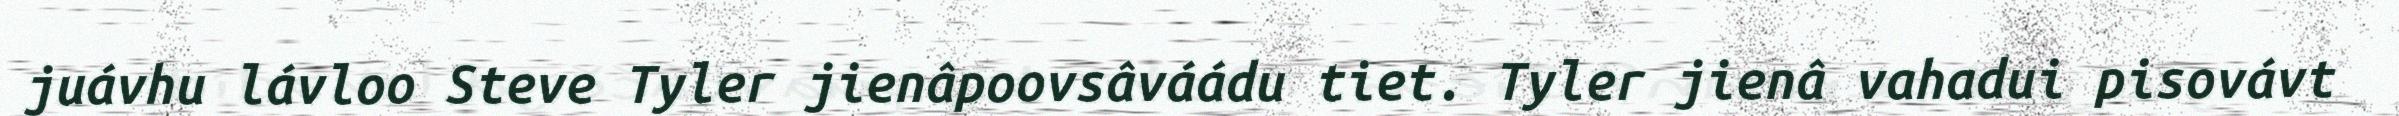
juávhu lávloo Steve Tyler jienâpoovsâváádu tiet. Tyler jienâ vahadui pisovávt